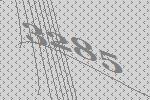
3285